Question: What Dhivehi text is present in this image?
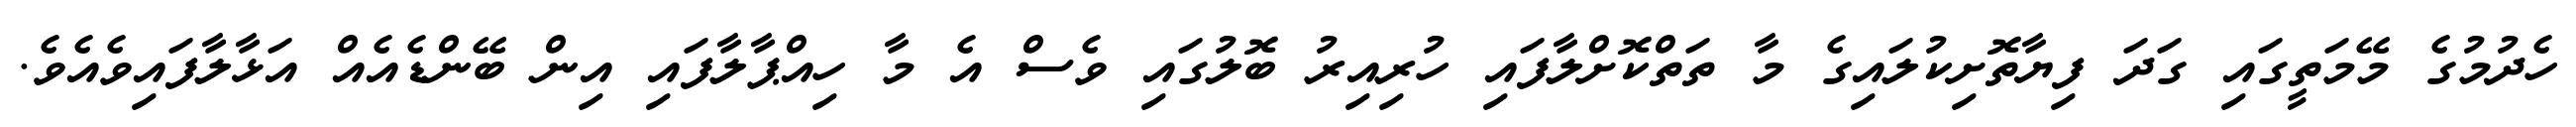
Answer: ހެދުމުގެ މޭމަތީގައި ގަދަ ފިޔާތޮށިކުލައިގެ މާ ތަތްކޮށްލާފައި ހުރިއިރު ބޮލުގައި ވެސް އެ މާ ހިއްޕާލާފައި އިން ބޭންޑެއެއް އަޅާލާފައިވެއެވެ.